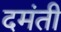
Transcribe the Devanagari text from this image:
दमंती